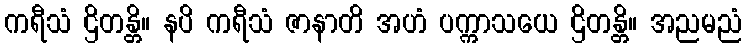
ကရီသံ ဌိတန္တိ။ နပိ ကရီသံ ဇာနာတိ အဟံ ပက္ကာသယေ ဌိတန္တိ။ အညမညံ